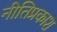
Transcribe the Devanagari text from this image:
नीतिप्रकाश